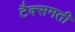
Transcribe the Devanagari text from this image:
टैक्समती